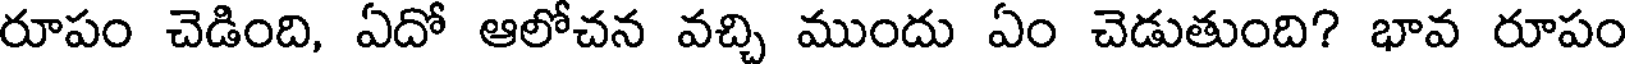
రూపం చెడింది, ఏదో ఆలోచన వచ్చి ముందు ఏం చెడుతుంది? భావ రూపం